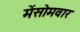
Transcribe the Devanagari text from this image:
मेंसोमवार